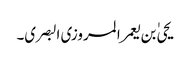
یحیٰ بن یعمر المروزی البصری۔